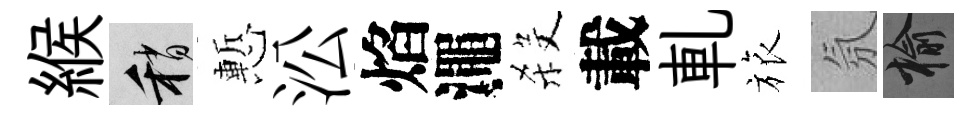
緱稍慙㳂焰澠殺載軋旅氛榆